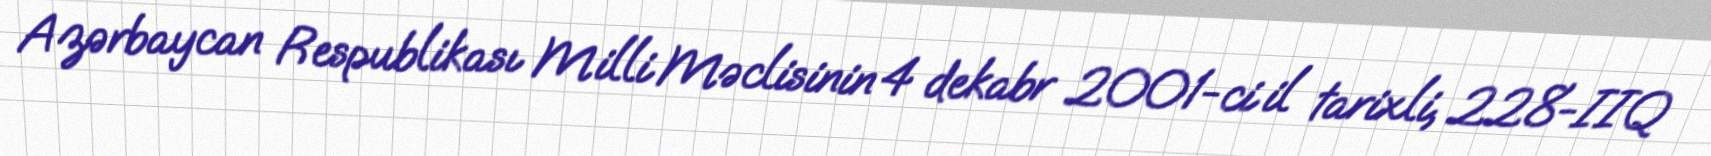
Azərbaycan Respublikası Milli Məclisinin 4 dekabr 2001-ci il tarixli, 228-IIQ